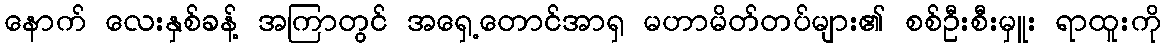
နောက် လေးနှစ်ခန့် အကြာတွင် အရှေ့တောင်အာရှ မဟာမိတ်တပ်များ၏ စစ်ဦးစီးမှူး ရာထူးကို